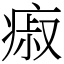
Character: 㾥